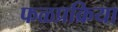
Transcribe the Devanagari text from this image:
फळप्रक्रिया